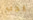
يجب